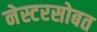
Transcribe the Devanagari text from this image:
नेस्टरसोबत